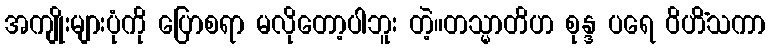
အကျိုးများပုံကို ပြောစရာ မလိုတော့ပါဘူး တဲ့။တသ္မာတိဟ စုန္ဒ ပရေ ဝိဟိံသကာ